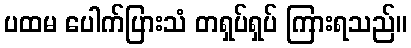
ပထမ ပေါက်ပြားသံ တရှပ်ရှပ် ကြားရသည်။